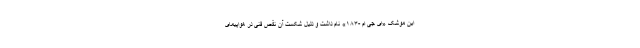
این موشک «ای جی ام -۱۸۳» نام داشت و دلیل شکست آن نقص فنی در هواپیمای